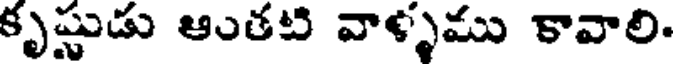
కృష్ణుడు ఆుతటి వాళ్ళము కావాలి.